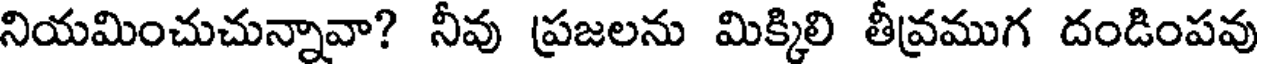
నియమించుచున్నావా? నీవు ప్రజలను మిక్కిలి తీవ్రముగ దండింపవు